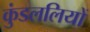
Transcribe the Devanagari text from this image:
कुंडललियों